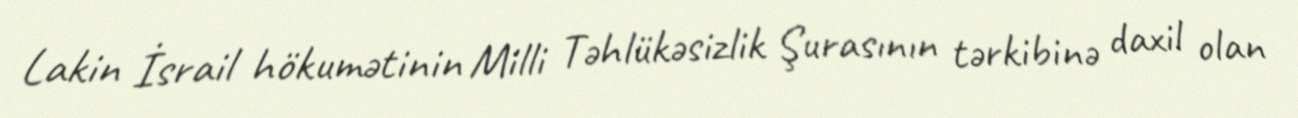
Lakin İsrail hökumətinin Milli Təhlükəsizlik Şurasının tərkibinə daxil olan